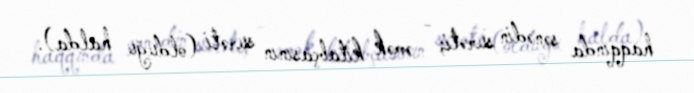
haqqında sənədin surəti; - əmək kitabçasının surəti (olduğu halda).